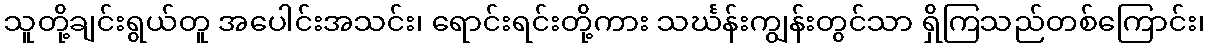
သူတို့ချင်းရွယ်တူ အပေါင်းအသင်း၊ ရောင်းရင်းတို့ကား သင်္ဃန်းကျွန်းတွင်သာ ရှိကြသည်တစ်ကြောင်း၊